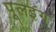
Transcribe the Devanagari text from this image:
पूलइंग